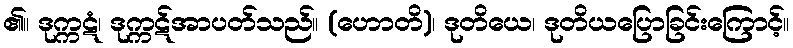
၏။ ဒုက္ကဋံ၊ ဒုက္ကဋ်အာပတ်သည်။ (ဟောတိ)၊ ဒုတိယေ၊ ဒုတိယပြောခြင်းကြောင့်။